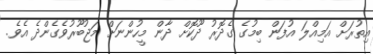
އިތުރަށް އަމިއްލަ އުފަން ބިމުގެ ގެދޮރު ދޫކޮށް ދާން މީހުންނަށް މަޖުބޫރުވެގެންދެ އެވެ.